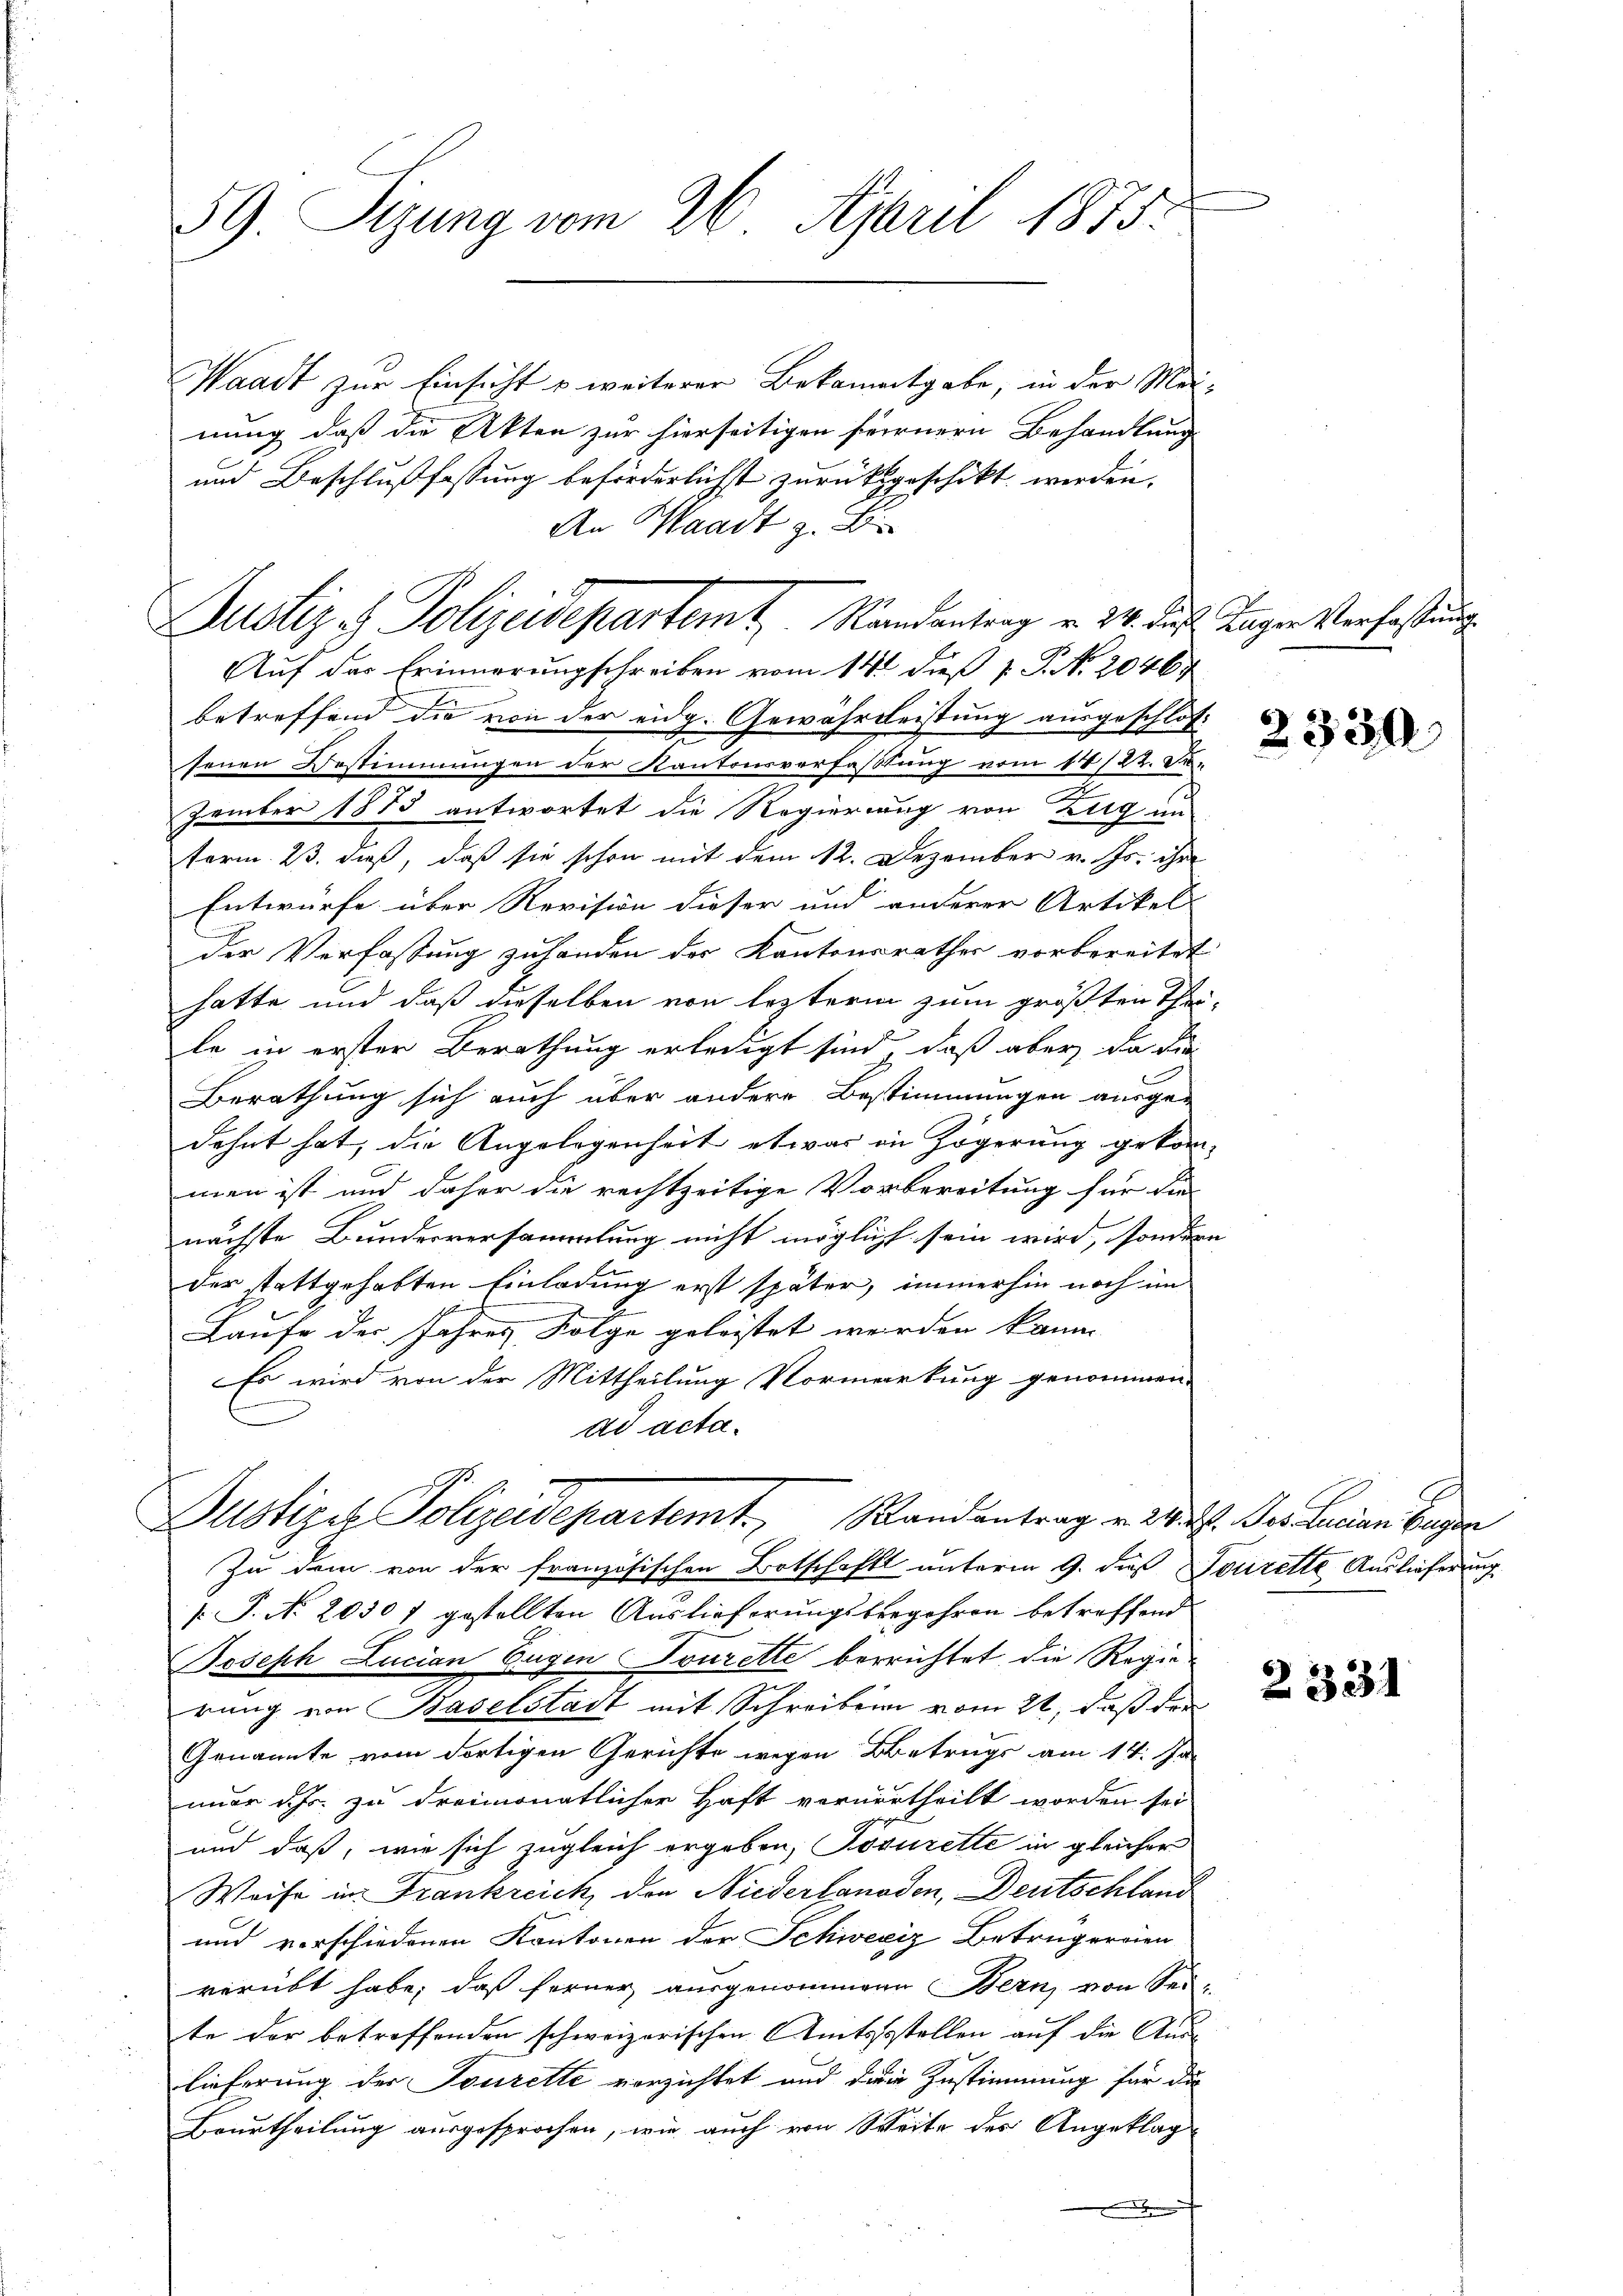
59. Sizung vom 26. April 1875.

Waadt zur Einsicht u weiterer Bekanntgabe, in der Mei-
nung, daß die Akten zur hierseitigen fernern Behandlung
und Beschlußfassung beförderlichst zurücksgeschikt werden.
An Waadt z. B.
Auf der Erinnerungschreiben vom 14. dieß P. No. 20467
betreffend die von der eidg. Gewährleistung ausgeschlos-
senen Bestimmungen der Kantonsverfassung vom 18/22. Se.
zember 1875 antwortet die Regierung von Zug un
term 23. dieß, daß sie schon mit dem 12. Dezember v. Js. ihre
Entwürfe über Revision dieser und anderer Artikel-
der Verfassung zuhänden der Kantonsrathes vorbereitet
hatte und daß dieselben von leztern zum größten The
le in erster Berathung erledigt sind, daß aber da die
Berathung sich auch über andere Bestimmungen ausge-
dehnt hat, die Angelegenheit etwas in Zögerung gekom-
men ist und daher die rechtzeitige Vorbereitung für die
nächste Bundesversammlung nicht möglich sein wird, sondern
der tattgehabten Einladung erst später, immerhin noch im
Laufe der Jahres Folge geleistet werden kann.
Es wird von der Mittheilung Vormerkung genommen.
ad acta.
Justige Polizeidepartemt, Randantrag u. 24. des Lucian began
Zu dem von der französischen Botschaft unterm 9. daß Tourette Auslieferung
[J. No. 2050 7 gestellten Auslieferungsbegehren betreffend
Joseph Lucian Eugen Tourette berrichtet, die Regierung von Baselstadt mit Schreiben vom 21. daß der
Genannte vom dortigen Gerichte wegen Betrugs am 14. Jan
imer ihr zu dreimonatlicher Haft vorurtheilt worden sei
und daß, wie sich zugleich ergeben, Josurette in gleicher
Weise in Frankreich, den Niederlanaden, Deutschland
und vorschiedenen Kantonen der Schweiz Betrugereien
verübt habe; daß ferner ausgenommene Bern, von Sei-
te der betreffenden schweizerischen Amtsssstellen auf die Aus- |
lieferung der Tourette verzichtet und dein Zustimmung für die
Beurtheilung ausgesprochen, wie auch von Weite des Angeklag

Justiz & Polizeidepartemt, Standentrag v. M. das

Kager Verfassung.

2330

2331